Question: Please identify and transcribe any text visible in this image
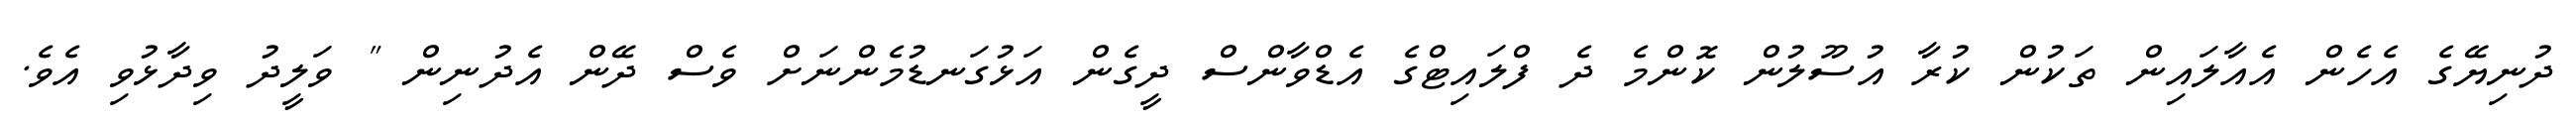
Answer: ދުނިޔޭގެ އެހެން އެއާލައިން ތަކުން ކުރާ އުސޫލުން ކޮންމެ ދެ ފްލައިޓްގެ އެޑްވާންސް ދީގެން އަޅުގަނޑުމެންނަށް ވެސް ދޭން އެދުނިން " ވަލީދު ވިދާޅުވި އެވެ.